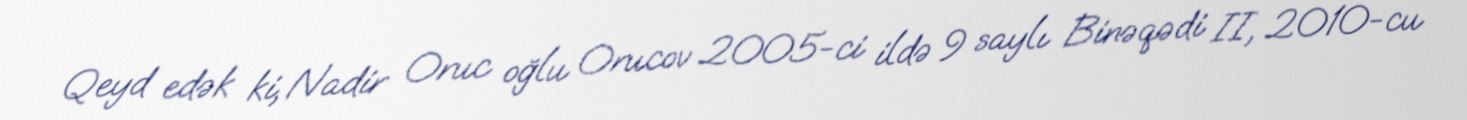
Qeyd edək ki, Nadir Oruc oğlu Orucov 2005-ci ildə 9 saylı Binəqədi II, 2010-cu